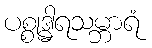
ပစ္စုဒ္ဓါရသမ္ဘာရံ